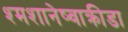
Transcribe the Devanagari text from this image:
श्मशानेष्वाक्रीडा